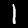
Digit: 1